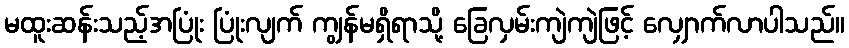
မထူးဆန်းသည့်အပြုံး ပြုံးလျက် ကျွန်မရှိရာသို့ ခြေလှမ်းကျဲကျဲဖြင့် လျှောက်လာပါသည်။